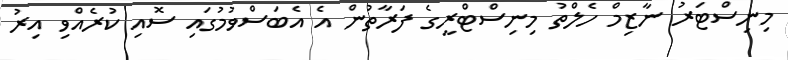
މިނިސްޓަރު ނާޒިމް ހެލްތު މިނިސްޓްރީގެ ފަރާތުން އެ އެބަސްވުމުގައި ސޮއި ކުރެއްވި އިރު